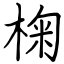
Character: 椈